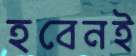
হবেনই